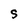
Character: S